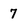
Character: 7